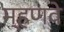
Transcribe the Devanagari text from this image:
म्हणवे